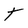
Character: t